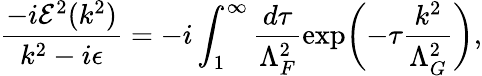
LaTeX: \frac{-i{\cal E}^{2}(k^{2})}{k^{2}-i\epsilon}=-i\int_{1}^{\infty}\frac{d\tau}{\Lambda_{F}^{2}}\exp\biggl(-\tau\frac{k^{2}}{\Lambda_{G}^{2}}\biggr),